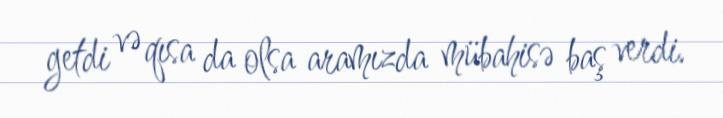
getdi və qısa da olsa aramızda mübahisə baş verdi.